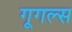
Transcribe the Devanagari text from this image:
गूगल्स